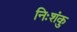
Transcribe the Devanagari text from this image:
निःशंकु